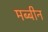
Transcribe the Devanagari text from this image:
मब्बीन